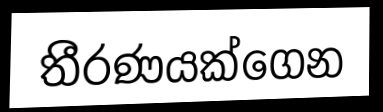
තීරණයක්ගෙන